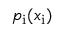
p _ { \mathrm { i } } ( x _ { \mathrm { i } } )